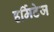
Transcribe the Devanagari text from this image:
हर्मिटेज